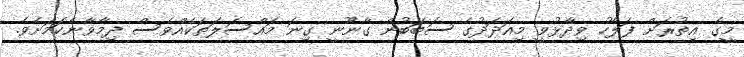
މީގެ އިތުރަށް ފަލާހު ވިދާޅުވީ މިއަދަދުގެ ސަބަބުން ގާނޫނީ ގިނަ މައްސަލަތަކެއްވެސް ދިމާވާނެކަމަށެވެ.